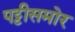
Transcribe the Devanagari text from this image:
पट्टीसमोर